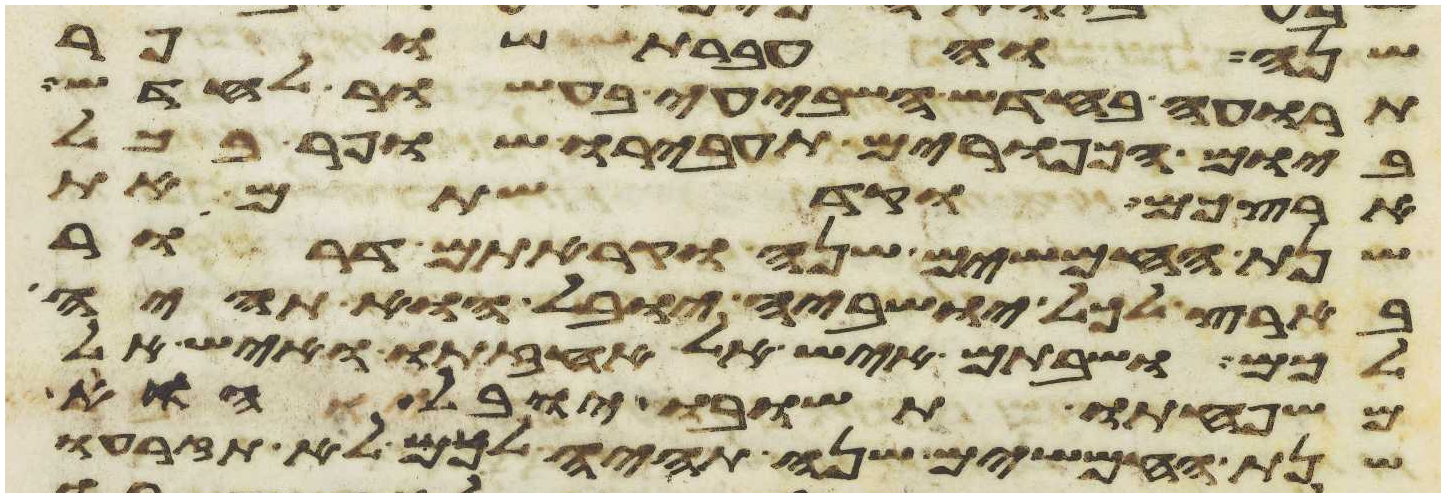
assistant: שנה והעברת שופר
תרועה בחדש השביעי בעשור לחדש
ביום הכפורים תעבירו שופר בכל
ארצכם וקדשתם את
שנת החמשים שנה וקראתם דרור
בארץ לכל ישביה יובל הוא תהיה
לכם ושבתם איש אל אחזתו ואיש אל
משפחתו תשובו יובל הוא
שנת החמשים שנה תהיה לכם לא תזרעו